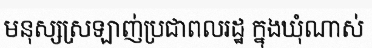
មនុស្សស្រឡាញ់ប្រជាពលរដ្ឋ ក្នុងឃុំណាស់